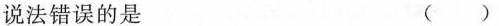
说法错误的是 ( )